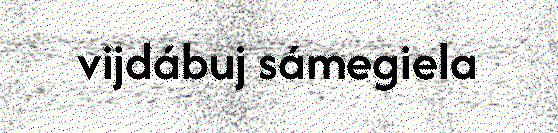
vijdábuj sámegiela